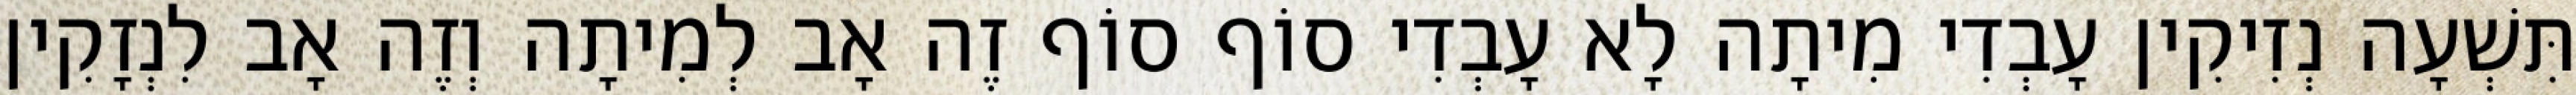
תִּשְׁעָה נְזִיקִין עָבְדִי מִיתָה לָא עָבְדִי סוֹף סוֹף זֶה אָב לְמִיתָה וְזֶה אָב לִנְזָקִין